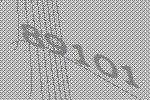
89101